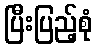
ပြီးပြည့်စုံ